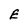
Character: E